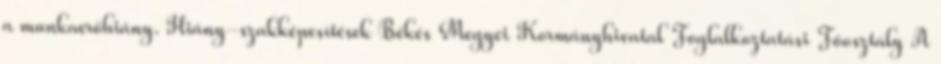
a munkaerőhiány. Hiány-szakképesítések Békés Megyei Kormányhivatal Foglalkoztatási Főosztály A